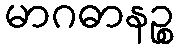
မာဂဓာနဉ္စ